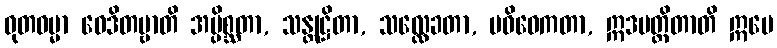
ဓုတဓမ္မာ ဝေဒိတဗ္ဗာတိ အပ္ပိစ္ဆတာ, သန္တုဋ္ဌိတာ, သလ္လေခတာ, ပဝိဝေကတာ, ဣဒမတ္ထိတာတိ ဣမေ